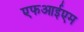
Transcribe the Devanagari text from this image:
एफआईएम